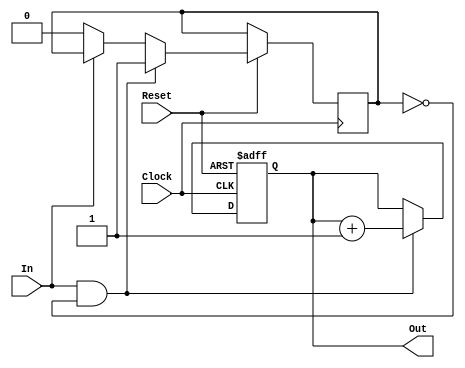
// Copyright (C) 2015  Adam Nunez
// 
// This program is free software; you can redistribute it and/or
// modify it under the terms of the GNU General Public License
// as published by the Free Software Foundation; either version 2
// of the License, or (at your option) any later version.
// 
// This program is distributed in the hope that it will be useful,
// but WITHOUT ANY WARRANTY; without even the implied warranty of
// MERCHANTABILITY or FITNESS FOR A PARTICULAR PURPOSE.  See the
// GNU General Public License for more details.

module PulseCounter(
input Reset,
input Clock,
input In, 
output [3:0] Out
);

reg [3:0] Counter;
reg toggle;

// This module takes a bit input
// and returns the number of times 
// that input has been pulsed.
// It has an active low reset.
  
always @(posedge Clock, negedge Reset) begin
	if ( Reset == 0 ) 
		Counter <= 4'b0000;
	else begin
		if ((In==1) & (toggle==0)) begin
			Counter <= Counter + 1'b1;
			toggle <= 1;
	    end
		else if (In==0) begin
			toggle <= 0;
		end
	end
end
	
assign Out = Counter;

endmodule